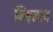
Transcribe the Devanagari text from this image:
निष़लान